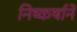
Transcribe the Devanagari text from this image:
निष्कर्षाने